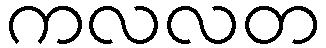
ကလလတ